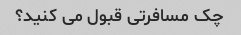
چک مسافرتی قبول می کنید؟